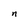
Character: n